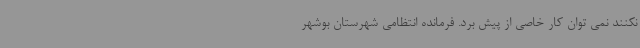
نکنند نمی توان کار خاصی از پیش برد. فرمانده انتظامی شهرستان بوشهر